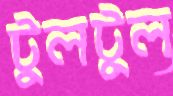
টুলটুল